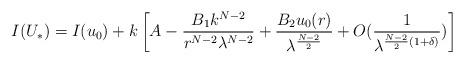
LaTeX: \begin{align*}I(U_*)= I(u_0)+k\left[A-\frac{B_1k^{N-2}}{r^{N-2}\lambda^{N-2}}+\frac{B_2u_0(r)}{\lambda^{\frac{N-2}{2}}}+O(\frac{1}{\lambda^{\frac{N-2}{2}(1+\delta)}})\right]\end{align*}